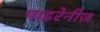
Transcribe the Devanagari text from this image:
पाइरेनीज़